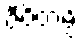
ဇီဝိတမ္ပိ